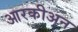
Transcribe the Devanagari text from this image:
आरकीअन